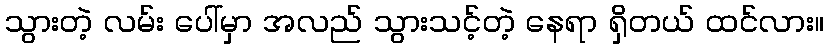
သွားတဲ့ လမ်း ပေါ်မှာ အလည် သွားသင့်တဲ့ နေရာ ရှိတယ် ထင်လား။